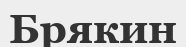
Брякин